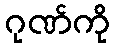
ဂုဏ်ကို